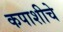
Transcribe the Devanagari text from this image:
कपाशीचे